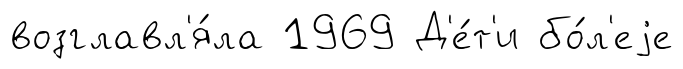
возглавл'я́ла 1969 Д'е́т'и бо́л'еjе